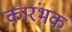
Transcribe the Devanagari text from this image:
कारंभक